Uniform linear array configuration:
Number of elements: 8
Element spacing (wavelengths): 0.5
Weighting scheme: kaiser
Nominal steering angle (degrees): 30
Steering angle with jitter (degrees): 29.067
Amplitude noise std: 0.05
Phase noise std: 0.05

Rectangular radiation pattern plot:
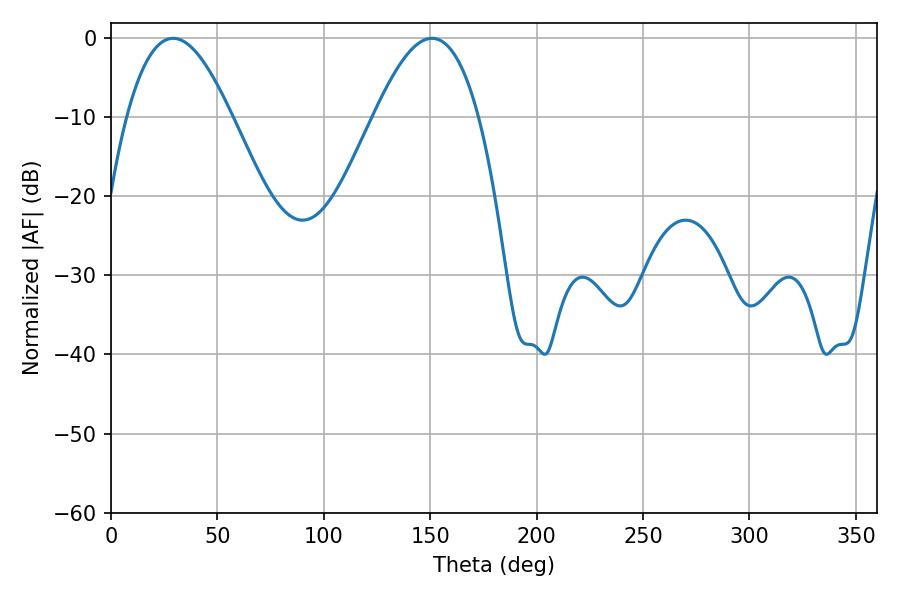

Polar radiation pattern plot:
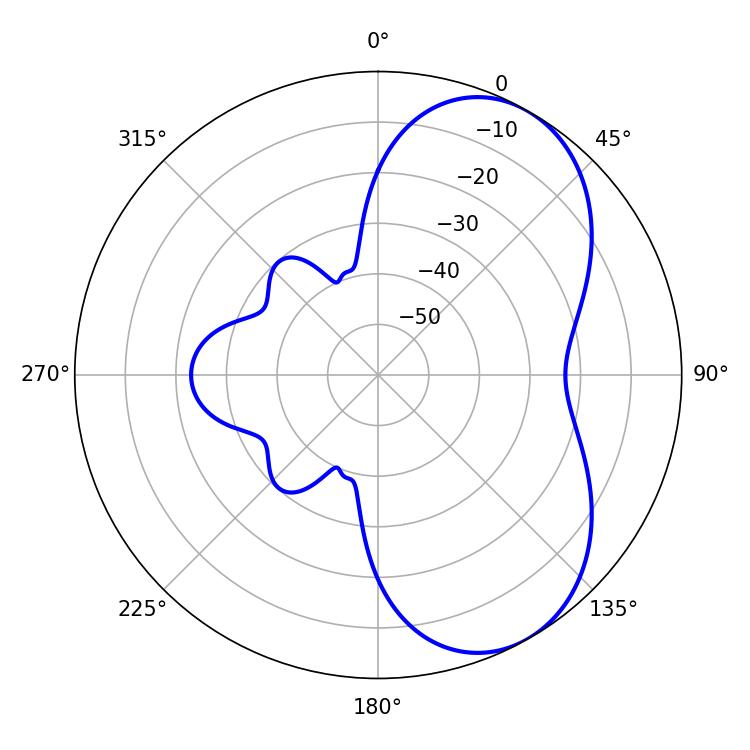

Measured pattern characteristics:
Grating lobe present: FALSE
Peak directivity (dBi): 5.888
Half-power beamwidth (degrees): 26.64
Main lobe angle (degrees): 29.16